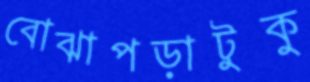
বোঝাপড়াটুকু